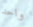
واحد